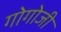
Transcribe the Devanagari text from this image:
गोगोजी